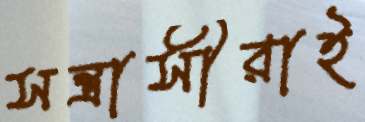
সন্ত্রাসীরাই